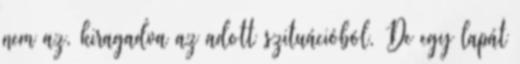
nem az, kiragadva az adott szituációból. De egy lapát